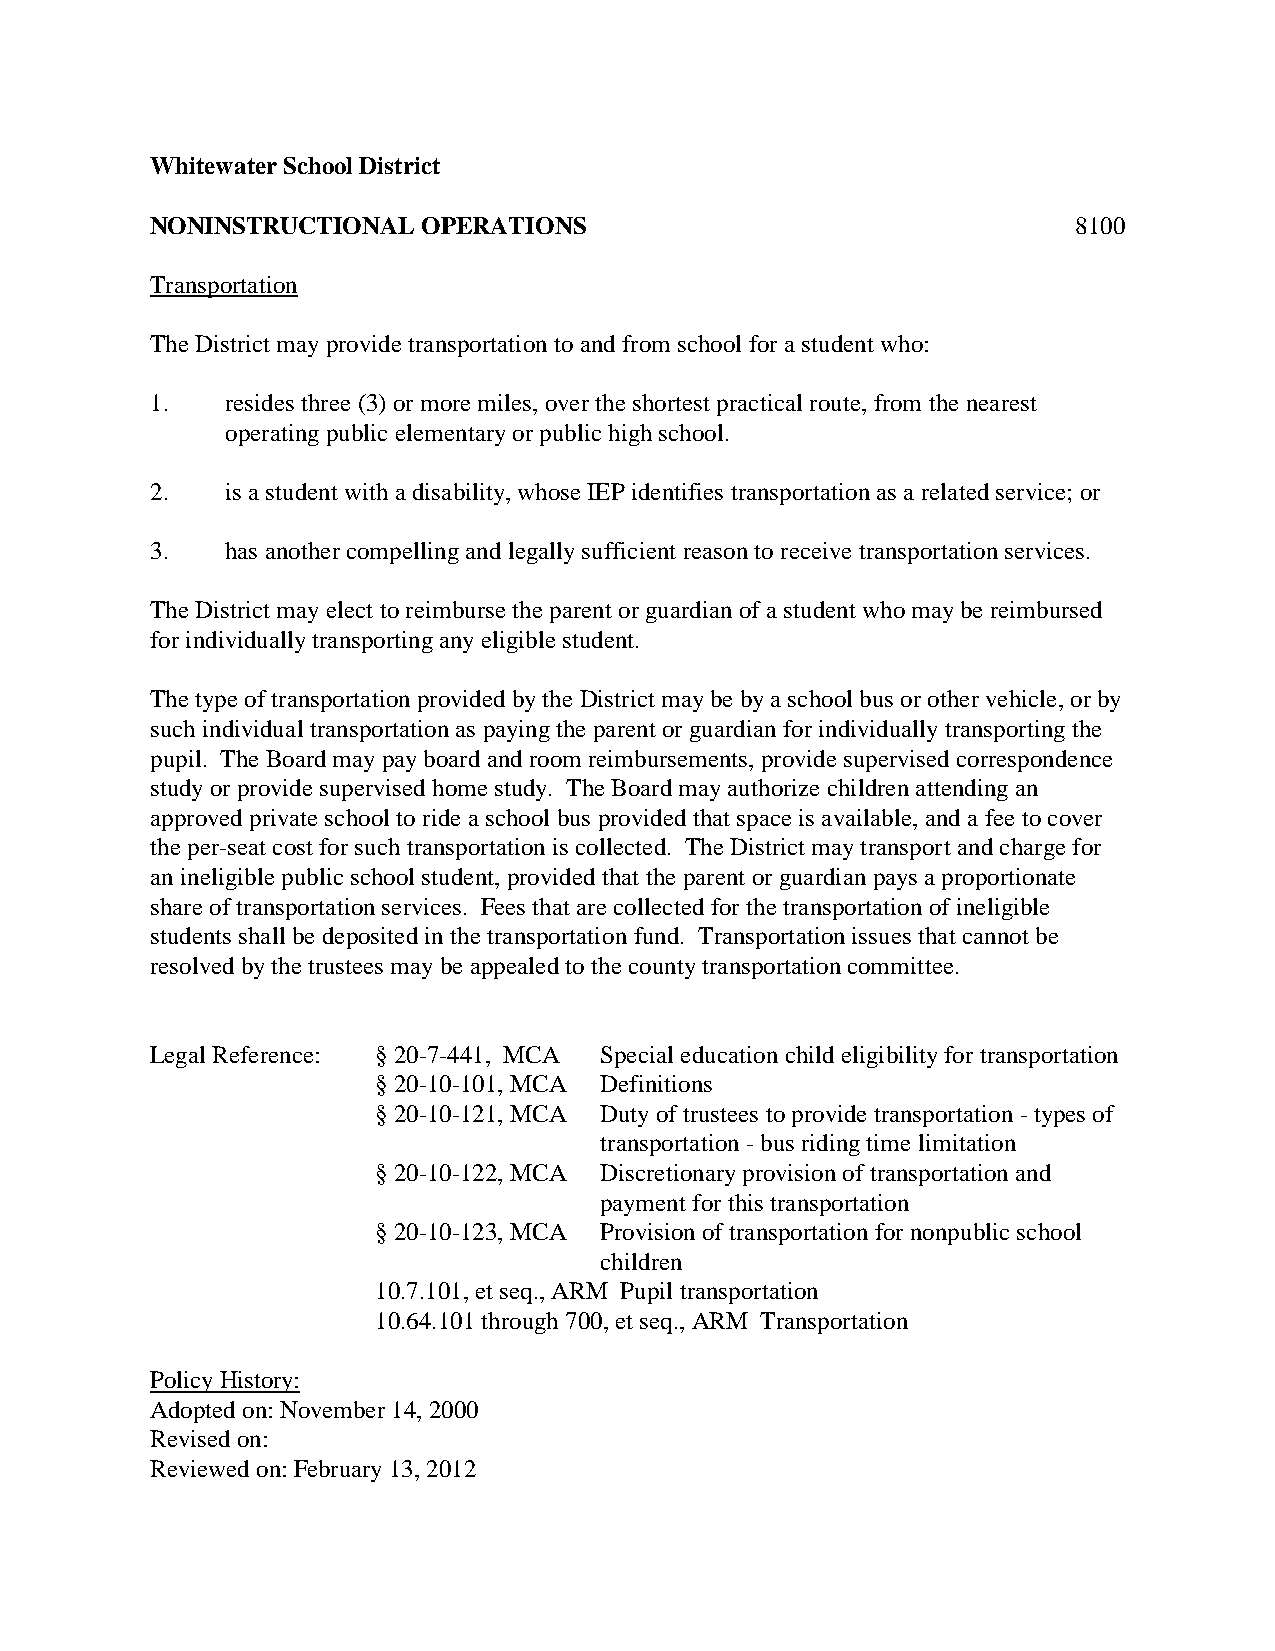
Whitewater School District
 NONINSTRUCTIONAL  OPERATIONS                                 8100
 Transportation
 The District may provide transportation to and from school for a student who:
 1.   resides three (3) or more miles, over the shortest practical route, from the nearest
 operating public elementary or public high school.
 2.   is a student with a disability, whose IEP identifies transportation as a related service; or
 3.   has another compelling and legally sufficient reason to receive transportation services.
 The District may elect to reimburse the parent or guardian of a student who may be reimbursed
 for individually transporting any eligible student.
 The type of transportation provided by the District may be by a school bus or other vehicle, or by
 such individual transportation as paying the parent or guardian for individually transporting the
 pupil. The Board may pay board and room reimbursements, provide supervised correspondence
 study or provide supervised home study. The Board may authorize children attending an
 approved private school to ride a school bus provided that space is available, and a fee to cover
 the per-seat cost for such transportation is collected. The District may transport and charge for
 an ineligible public school student, provided that the parent or guardian pays a proportionate
 share of transportation services. Fees that are collected for the transportation of ineligible
 students shall be deposited in the transportation fund. Transportation issues that cannot be
 resolved by the trustees may be appealed to the county transportation committee.
 Legal Reference: § 20-7-441, MCA Special education child eligibility for transportation
 § 20-10-101, MCA Definitions
 § 20-10-121, MCA Duty of trustees to provide transportation - types of
 transportation - bus riding time limitation
 § 20-10-122, MCA Discretionary provision of transportation and
 payment for this transportation
 § 20-10-123, MCA Provision of transportation for nonpublic school
 children
 10.7.101, et seq., ARM Pupil transportation
 10.64.101 through 700, et seq., ARM Transportation
 Policy History:
 Adopted on: November 14, 2000
 Revised on:
 Reviewed on: February 13, 2012